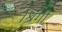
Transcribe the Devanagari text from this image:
श्रिंगी